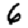
Digit: 6